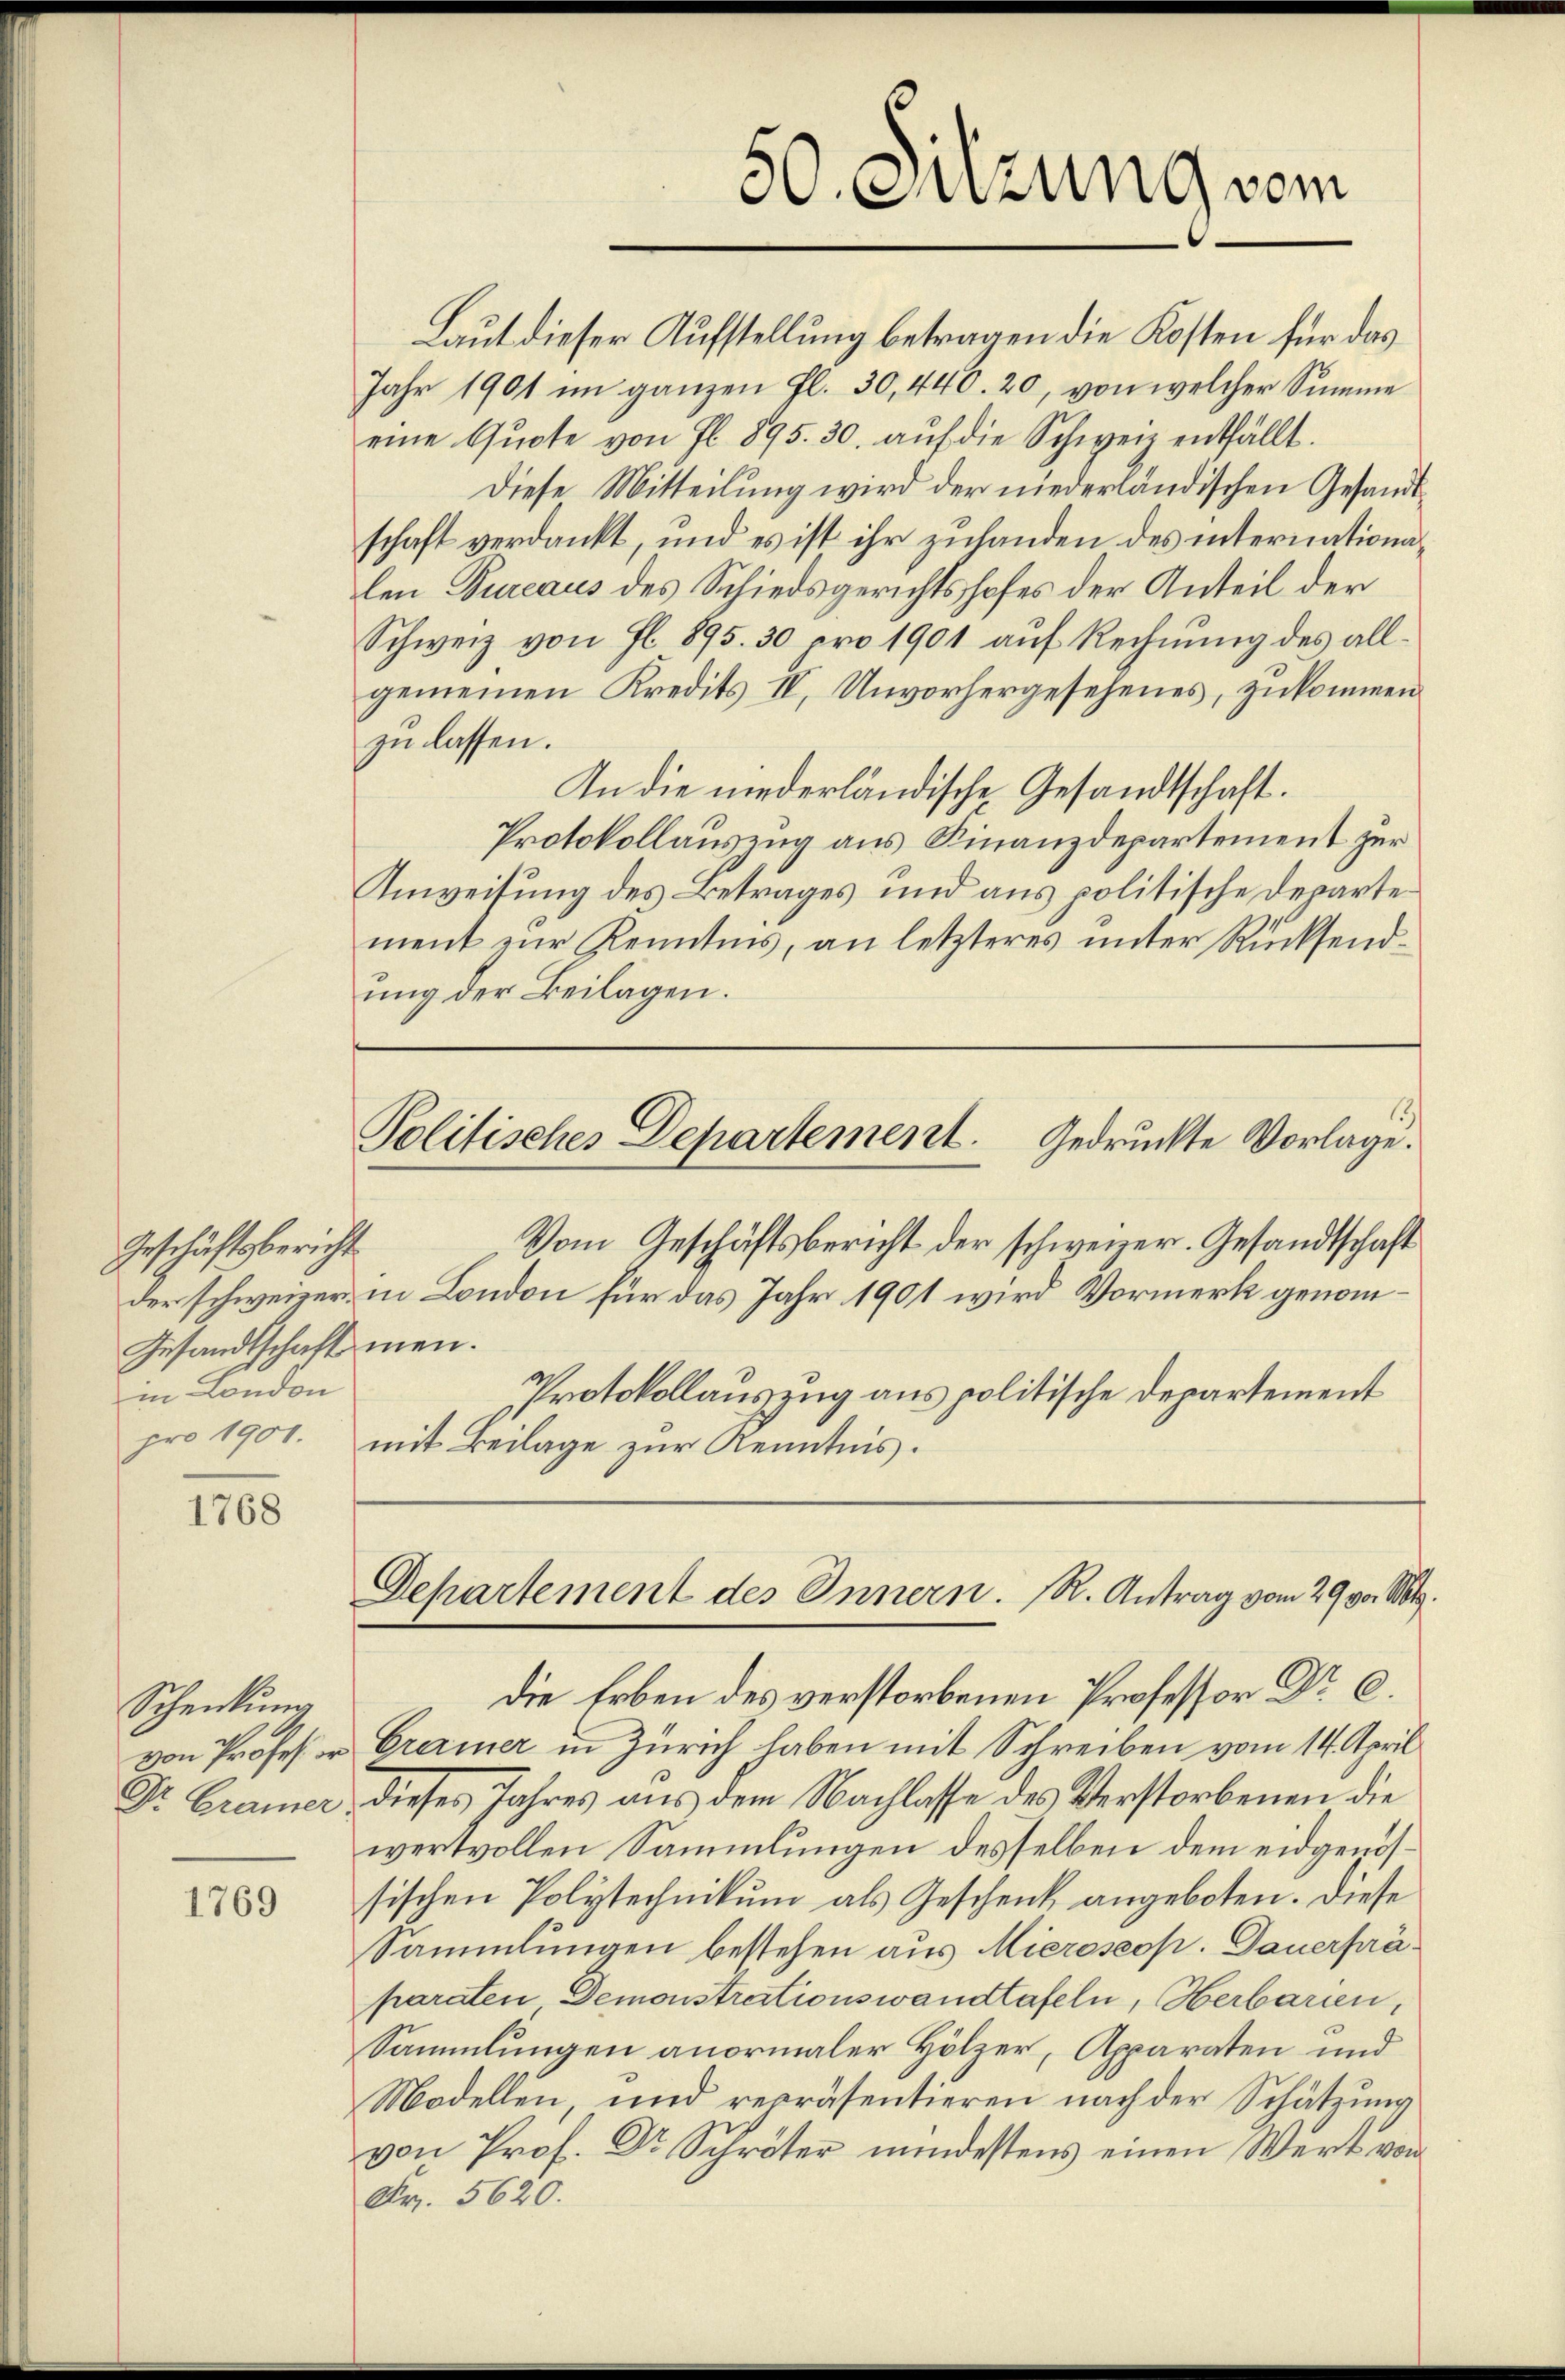
Geschäftsbericht
Gesandtschaft men.
in London

1768

Scheidung

1769

50. Sitzung vom

Laut dieser Aufstellung betragen die Kosten für das
Jahr 1901 im ganzen fl. 30, 440. 20, von welcher Summe
eine Quote von fl. 895. 30. auf die Schweiz entfällt.
Diese Mitteilung wird der niederländischen Gesandtschaft verdankt, und es ist ihr zuhanden des internationalen Bureaus des Schiedsgerichtshofes der Anteil der
Schweiz von fl. 895. 30 pro 1901 aŭf Rechnŭng des allgemeinen Kredits IV, Unvorhergesehenes, zukommen
zu lassen.
In die niederländische Gesandtschaft.
Protokollauszug aus Finanzdepartement zur
Anweisung des Betrages und aus politische Departement zur Kenntnis, an letzteres unter Rücksendung der Beilagen.
Politisches Departement. Gedruckte Vorlage.
Vom Geschäftsbericht der schweizer. Gesandtschaft
der schweizer in London für das Jahr 1901 wird Vormerk genom¬
Protokollauszug aus politische Departement
pro 1901. mit Beilage zur Kenntnis.

Departement des Innern. R. Antrag vom 29. v. Mts.

Die Erben des verstorbenen Professor Dr. C.
von Professor Gramer in Zürich haben mit Schreiben vom 14. April
Dr. Cramer dieses Jahres aus dem Nachlasse des Verstorbenen die
wertvollen Sammlungen desselben dem eidgenossischen Polytechnikum als Geschenk angeboten. Diese
Sammlungen bestehen aus Mieroseop. Dauerpräparaten Demonstructionswandtafeln, Herbarien,
Sammlungen anormaler Hölzer, Apparaten und
Modellen, und repräsentieren nach der Schätzung
von Prof. Dr. Schröter mindestens einen Wert von
Fr. 5620.